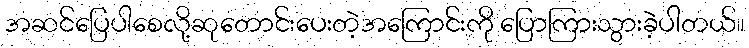
အဆင်ပြေပါစေလို့ဆုတောင်းပေးတဲ့အကြောင်းကို ပြောကြားသွားခဲ့ပါတယ်။